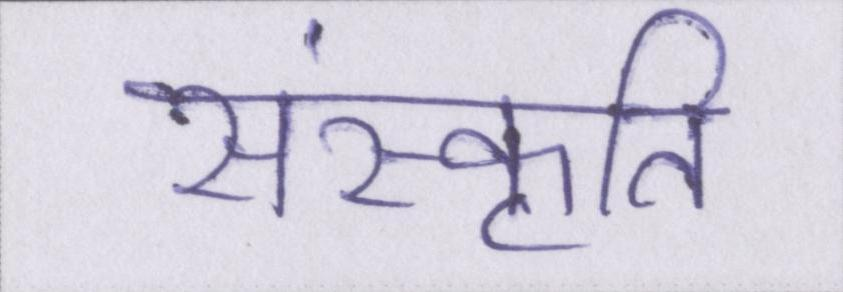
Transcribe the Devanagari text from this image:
संस्कृति